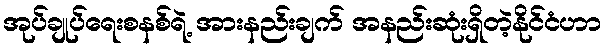
အုပ်ချုပ်ရေးစနစ်ရဲ့ အားနည်းချက် အနည်းဆုံးရှိတဲ့နိုင်ငံဟာ